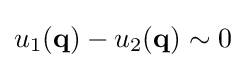
u_{1}(\mathbf {q} )-u_{2}(\mathbf {q} )\sim 0